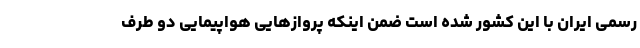
رسمی ایران با این کشور شده است ضمن اینکه پروازهایی هواپیمایی دو طرف